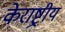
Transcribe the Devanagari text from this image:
केराष्ट्रीय